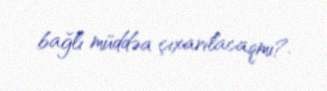
bağlı müddəa çıxarılacaqmı?.